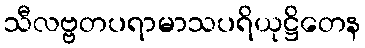
သီလဗ္ဗတပရာမာသပရိယုဋ္ဌိတေန